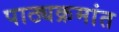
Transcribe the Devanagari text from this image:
पाठ्यक्रमांत